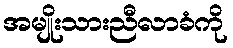
အမျိုးသားညီလာခံကို